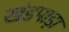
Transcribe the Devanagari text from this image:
खंडपाड़ा